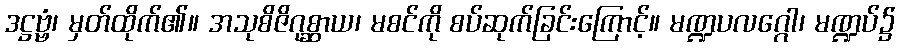
ဒဋ္ဌဗ္ဗံ၊ မှတ်ထိုက်၏။ အသုစိဇိဂုစ္ဆာယ၊ မစင်ကို စပ်ဆုက်ခြင်းကြောင့်။ မဏ္ဍပလဂ္ဂေါ၊ မဏ္ဍပ်၌